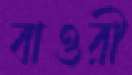
বাওরী